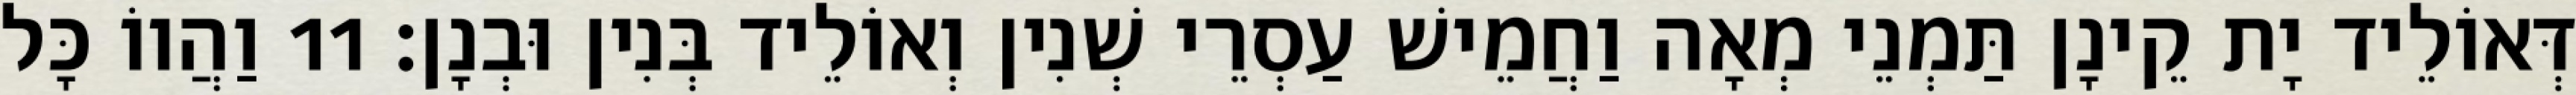
דְּאוֹלֵיד יָת קֵינָן תַּמְנֵי מְאָה וַחֲמֵישׁ עַסְרֵי שְׁנִין וְאוֹלֵיד בְּנִין וּבְנָן׃ 11 וַהֲווֹ כָּל